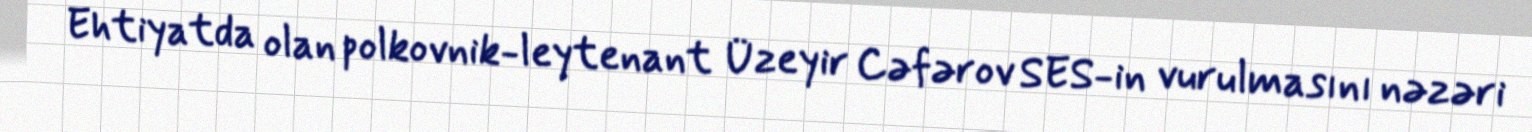
Ehtiyatda olan polkovnik-leytenant Üzeyir Cəfərov SES-in vurulmasını nəzəri